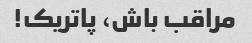
مراقب باش، پاتریک!